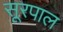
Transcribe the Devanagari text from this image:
सूरपाल